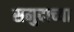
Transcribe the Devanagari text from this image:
समुदाच्या